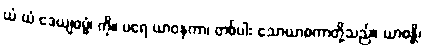
ယံ ယံ ဒေယျဓမ္မံ၊ ကို။ ပရေ ယာဝနကာ၊ တစ်ပါး သောယာစကာတို့သည်။ ယာစန္တိ၊